65_HS1-834228961_62-HQ-83894_Section_4
Agency: FBI
Page 181
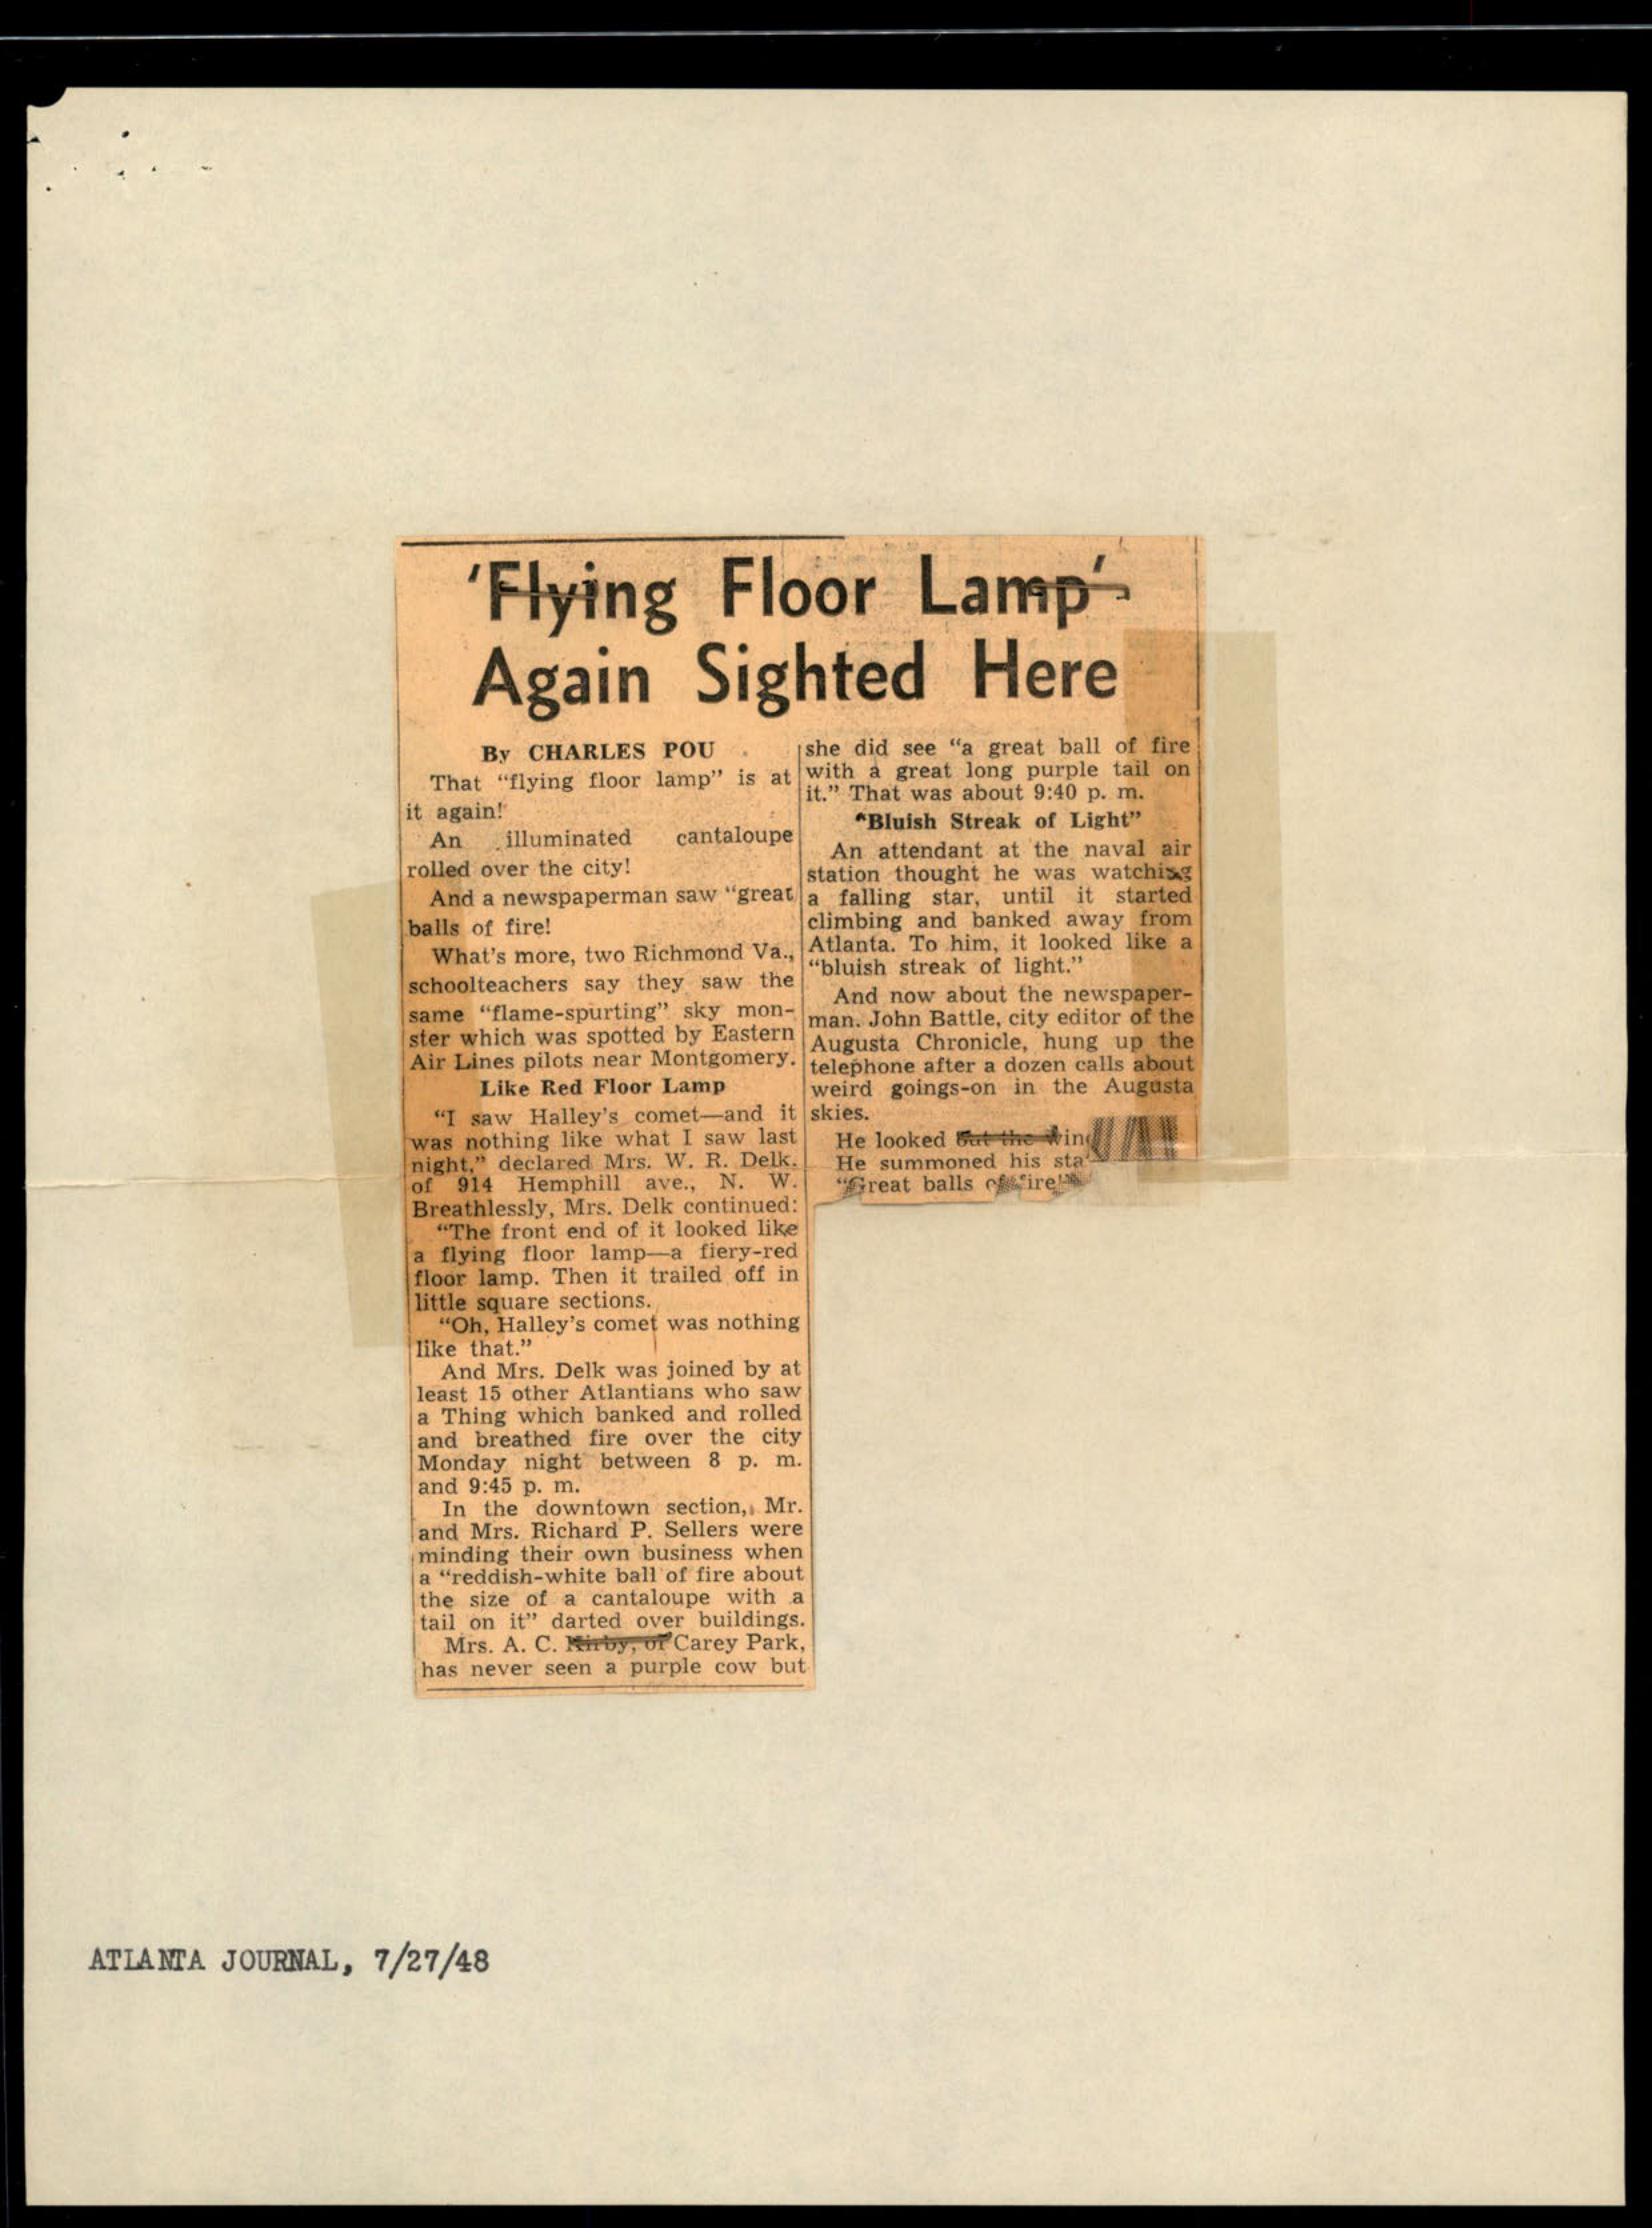